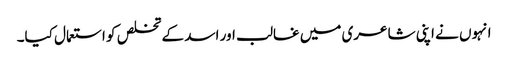
انہوں نے اپنی شاعری میں غالب اور اسد کے تخلص کو استعمال کیا۔